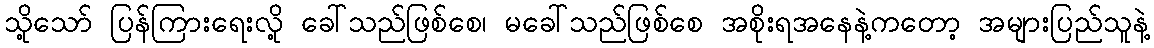
သို့သော် ပြန်ကြားရေးလို့ ခေါ်သည်ဖြစ်စေ၊ မခေါ်သည်ဖြစ်စေ အစိုးရအနေနဲ့ကတော့ အများပြည်သူနဲ့